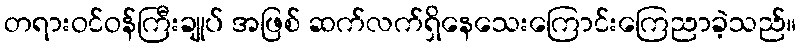
တရားဝင်ဝန်ကြီးချုပ် အဖြစ် ဆက်လက်ရှိနေသေးကြောင်းကြေညာခဲ့သည်။